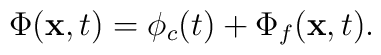
\Phi ({\bf x}, t) = \phi_c (t) + \Phi_f ({\bf x}, t).